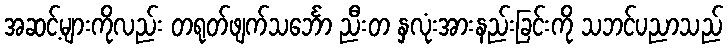
အဆင့်များကိုလည်း တရုတ်ဖျက်သင်္ဘော ညီးတ နှလုံးအားနည်းခြင်းကို သဘင်ပညာသည်